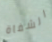
الشفاة